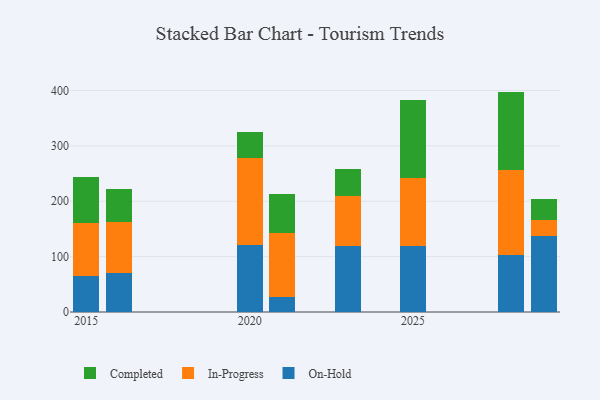
{"axis": {"x": "Year", "y": "Active Users"}, "legend": ["Completed", "In-Progress", "On-Hold"], "data": [{"x": "2016", "y": 70.3, "type": "On-Hold"}, {"x": "2016", "y": 91.8, "type": "In-Progress"}, {"x": "2016", "y": 60.4, "type": "Completed"}, {"x": "2023", "y": 118.8, "type": "On-Hold"}, {"x": "2023", "y": 90.2, "type": "In-Progress"}, {"x": "2023", "y": 49.7, "type": "Completed"}, {"x": "2025", "y": 119.8, "type": "On-Hold"}, {"x": "2025", "y": 121.8, "type": "In-Progress"}, {"x": "2025", "y": 140.8, "type": "Completed"}, {"x": "2020", "y": 121.0, "type": "On-Hold"}, {"x": "2020", "y": 157.8, "type": "In-Progress"}, {"x": "2020", "y": 47.1, "type": "Completed"}, {"x": "2028", "y": 102.7, "type": "On-Hold"}, {"x": "2028", "y": 153.2, "type": "In-Progress"}, {"x": "2028", "y": 142.1, "type": "Completed"}, {"x": "2029", "y": 137.1, "type": "On-Hold"}, {"x": "2029", "y": 28.8, "type": "In-Progress"}, {"x": "2029", "y": 37.8, "type": "Completed"}, {"x": "2021", "y": 26.7, "type": "On-Hold"}, {"x": "2021", "y": 115.1, "type": "In-Progress"}, {"x": "2021", "y": 70.7, "type": "Completed"}, {"x": "2015", "y": 64.2, "type": "On-Hold"}, {"x": "2015", "y": 97.3, "type": "In-Progress"}, {"x": "2015", "y": 83.1, "type": "Completed"}]}